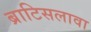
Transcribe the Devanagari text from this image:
ब्राटिसलावा